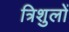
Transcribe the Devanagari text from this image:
त्रिशुलों